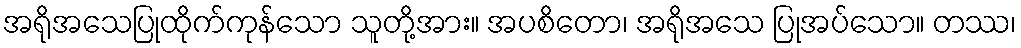
အရိုအသေပြုထိုက်ကုန်သော သူတို့အား။ အပစိတော၊ အရိုအသေ ပြုအပ်သော။ တဿ၊